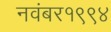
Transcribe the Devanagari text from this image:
नवंबर१९९४